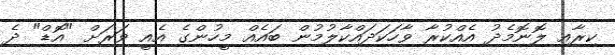
ކިރާއި ލޮނޮމެދު އެއްކުރާ ވާހަކަދައްކާލުމުން ބައެއް މީހުންގެ އެއީ ވަރަށް "އޮޑް" ދެ